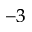
^ { - 3 }